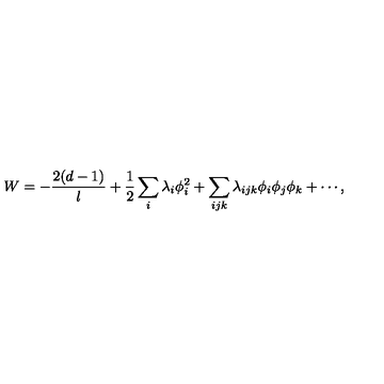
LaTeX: W = - \frac { 2 ( d - 1 ) } { l } + { \frac { 1 } { 2 } } \sum _ { i } \lambda _ { i } \phi _ { i } ^ { 2 } + \sum _ { i j k } \lambda _ { i j k } \phi _ { i } \phi _ { j } \phi _ { k } + \cdots ,